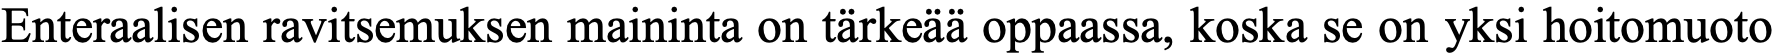
Enteraalisen ravitsemuksen maininta on tärkeää oppaassa, koska se on yksi hoitomuoto